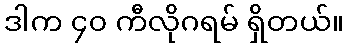
ဒါက ၄၀ ကီလိုဂရမ် ရှိတယ်။